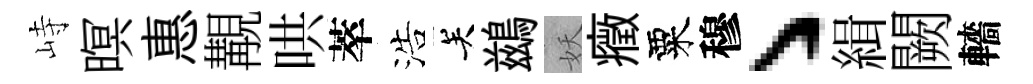
峙暝惠覯哄萃浩关鷀妖癥粟穆丶緝闕轖